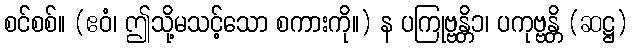
စင်စစ်။ (ဧဝံ၊ ဤသို့မသင့်သော စကားကို။) န ပကြုဗ္ဗန္တိ၁၊ ပကုဗ္ဗန္တိ (ဆဋ္ဌ)